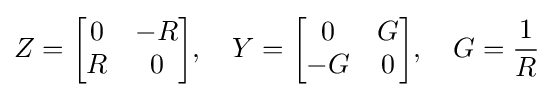
Z={\begin{bmatrix}0&-R\\R&0\end{bmatrix}},\quad Y={\begin{bmatrix}0&G\\-G&0\end{bmatrix}},\quad G={\frac {1}{R}}